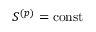
S ^ { ( p ) } = \mathrm { { c o n s t } }